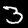
Digit: 3